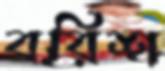
বরিশ